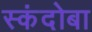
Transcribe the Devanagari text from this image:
स्कंदोबा